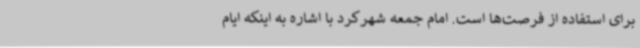
برای استفاده از فرصت‌ها است. امام جمعه شهرکرد با اشاره به اینکه ایام